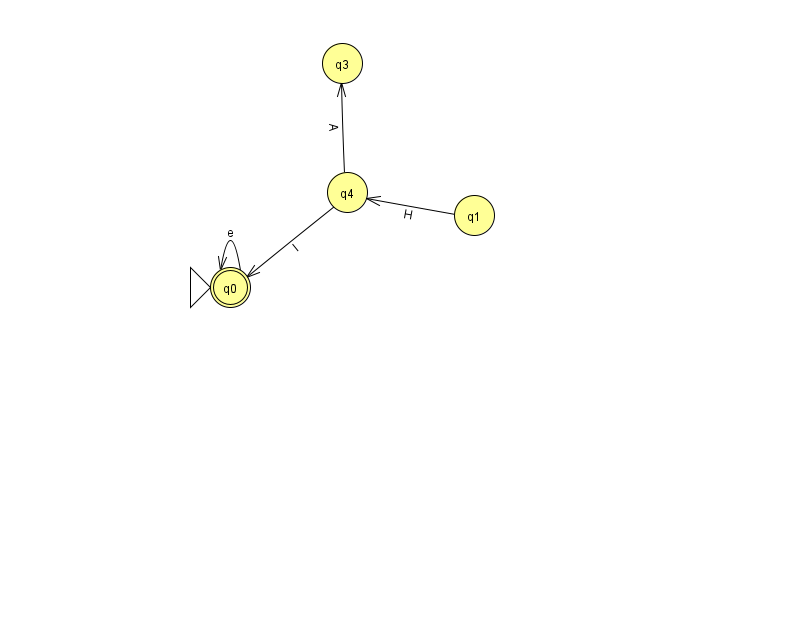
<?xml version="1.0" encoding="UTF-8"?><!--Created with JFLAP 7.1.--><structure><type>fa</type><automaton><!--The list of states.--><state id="0" name="q0"><x>230.0</x><y>274.0</y><initial/><final/></state><state id="1" name="q1"><x>474.0</x><y>202.0</y></state><state id="3" name="q3"><x>342.0</x><y>50.0</y></state><state id="4" name="q4"><x>347.0</x><y>179.0</y></state><!--The list of transitions.--><transition><from>1</from><to>4</to><read>H</read></transition><transition><from>0</from><to>0</to><read>e</read></transition><transition><from>4</from><to>0</to><read>l</read></transition><transition><from>4</from><to>3</to><read>A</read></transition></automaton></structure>